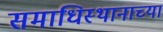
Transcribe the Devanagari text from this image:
समाधिस्थानाच्या